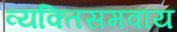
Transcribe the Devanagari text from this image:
व्यक्तिसमवाय